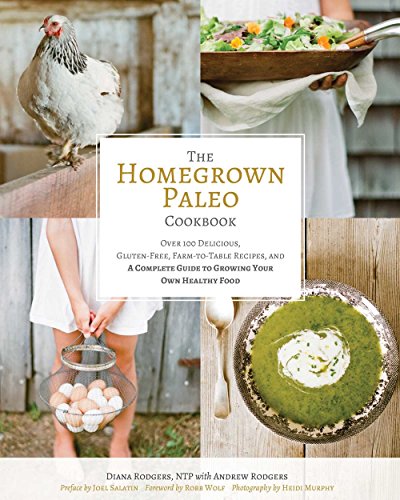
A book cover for The Homegrown Paleo Cookbook: Over 100 Delicious, Gluten-Free, Farm-to-Table Recipes,  and a Complete Guide to Growing Your Own Healthy Food; Diana Rodgers; Cookbooks, Food & Wine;